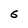
Character: 6